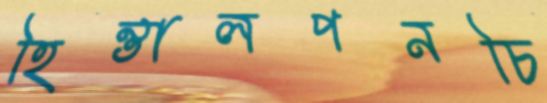
হিন্তালপনচি